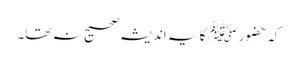
کہ حضورﷺ کا یہ اندیشہ صحیح نہ تھا۔